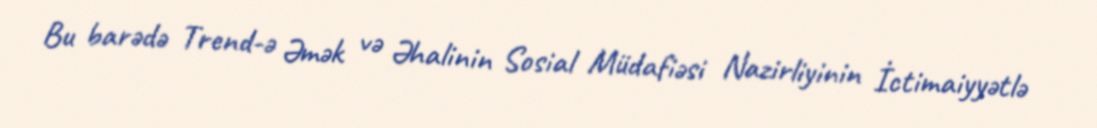
Bu barədə Trend-ə Əmək və Əhalinin Sosial Müdafiəsi Nazirliyinin İctimaiyyətlə